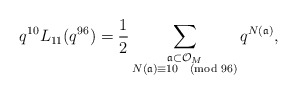
\begin{align*} q^{10} L_{11}(q^{96}) = \frac{1}{2} \sum_{\substack{\frak{a} \subset \mathcal{O}_{M} \\ N(\frak{a}) \equiv 10 \pmod{96}}} q^{N(\frak{a})},\end{align*}